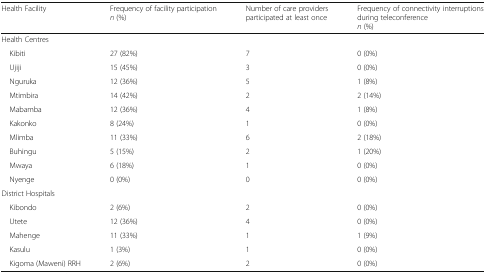
| Health Facility | Frequency of facility participationn (%) | Number of care providers participated at least once | Frequency of connectivity interruptions during teleconferencen (%) |
 | --- | --- | --- | --- |
 | <COLSPAN=4> Health Centres |
 | Kibiti | 27 (82%) | 7 | 0 (0%) |
 | Ujiji | 15 (45%) | 3 | 0 (0%) |
 | Nguruka | 12 (36%) | 5 | 1 (8%) |
 | Mtimbira | 14 (42%) | 2 | 2 (14%) |
 | Mabamba | 12 (36%) | 4 | 1 (8%) |
 | Kakonko | 8 (24%) | 1 | 0 (0%) |
 | Mlimba | 11 (33%) | 6 | 2 (18%) |
 | Buhingu | 5 (15%) | 2 | 1 (20%) |
 | Mwaya | 6 (18%) | 1 | 0 (0%) |
 | Nyenge | 0 (0%) | 0 | 0 (0%) |
 | <COLSPAN=4> District Hospitals |
 | Kibondo | 2 (6%) | 2 | 0 (0%) |
 | Utete | 12 (36%) | 4 | 0 (0%) |
 | Mahenge | 11 (33%) | 1 | 1 (9%) |
 | Kasulu | 1 (3%) | 1 | 0 (0%) |
 | Kigoma (Maweni) RRH | 2 (6%) | 2 | 0 (0%) |